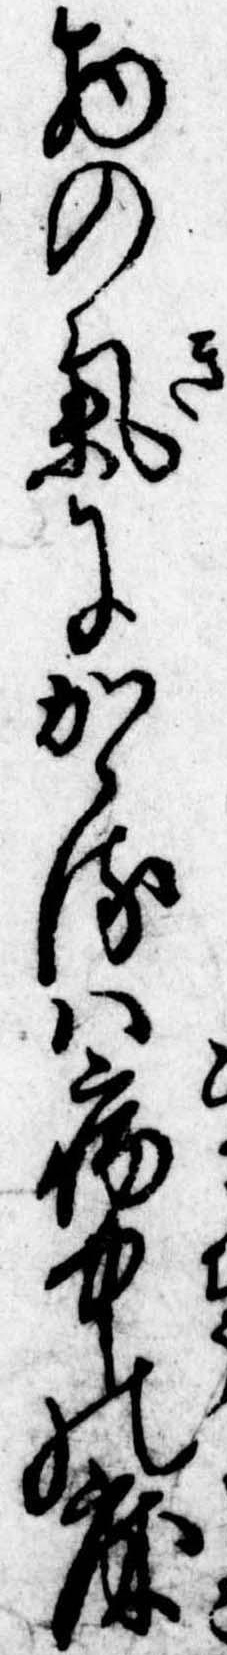
物の気にかゝるは病中の床